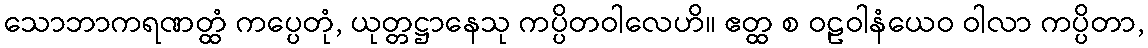
သောဘာကရဏတ္ထံ ကပ္ပေတုံ, ယုတ္တဋ္ဌာနေသု ကပ္ပိတဝါလေဟိ။ ဧတ္ထ စ ဝဠဝါနံယေဝ ဝါလာ ကပ္ပိတာ,